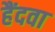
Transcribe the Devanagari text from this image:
हैंदवा